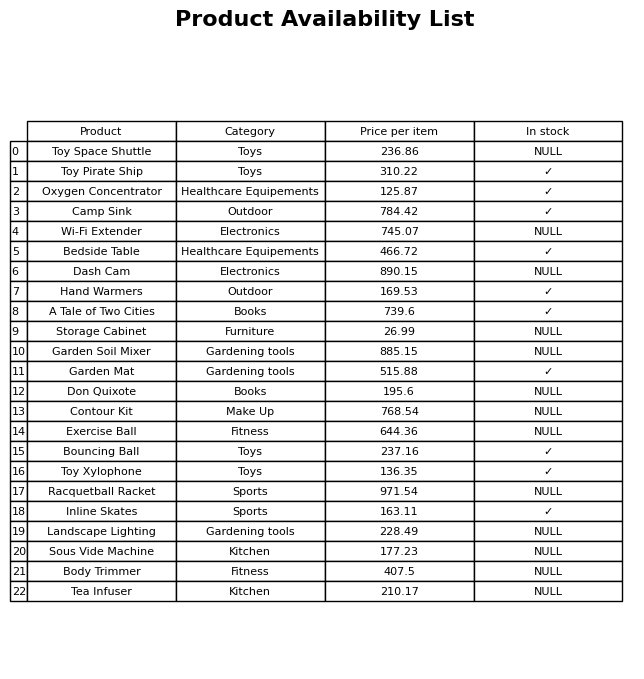
question: What is the price of the Toy Space Shuttle?
answer: The price of Toy Space Shuttle is 236.86.